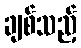
ချစ်သည့်